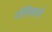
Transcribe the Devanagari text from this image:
गोलिसानो